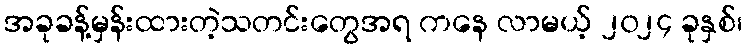
အခုခန့်မှန်းထားတဲ့သတင်းတွေအရ ကနေ လာမယ့် ၂၀၂၄ ခုနှစ်၊